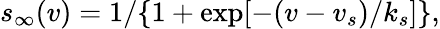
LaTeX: s_{\infty}(v)=1/\lbrace 1+\exp[-(v-v_{s})/k_{s}]\rbrace,